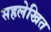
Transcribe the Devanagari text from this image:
सहलेखित